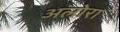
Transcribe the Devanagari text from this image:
अलोरा